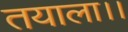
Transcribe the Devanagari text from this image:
तयाला।।